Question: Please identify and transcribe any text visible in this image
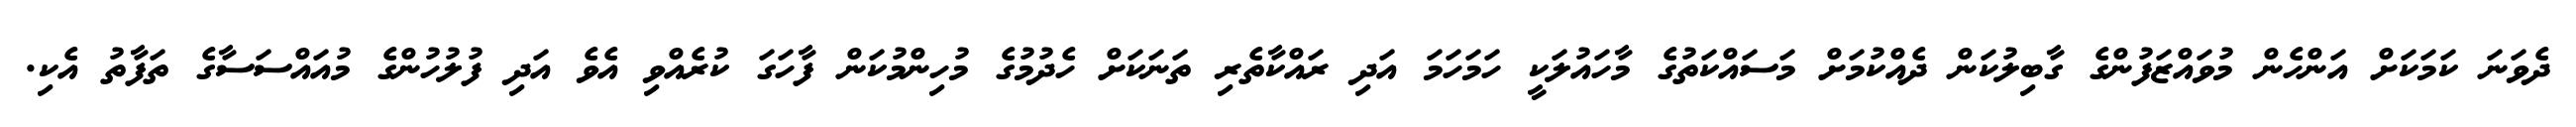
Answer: ދެވަނަ ކަމަކަށް އަންހެން މުވައްޒަފުންގެ ގާބިލުކަން ދެއްކުމަށް މަސައްކަތުގެ މާހައުލަކީ ހަމަހަމަ އަދި ރައްކާތެރި ތަނަކަށް ހެދުމުގެ މުހިންމުކަން ފާހަގަ ކުރެއްވި އެވެ އަދި ފުލުހުންގެ މުއައްސަސާގެ ތަފާތު އެކި.